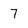
Character: 7